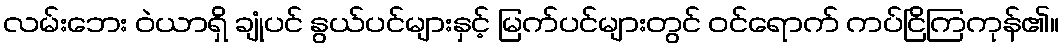
လမ်းဘေး ဝဲယာရှိ ချုံပင် နွယ်ပင်များနှင့် မြက်ပင်များတွင် ဝင်ရောက် ကပ်ငြိကြကုန်၏။